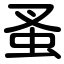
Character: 蚤